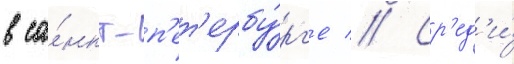
в са́нкт-п'ет'ербу́рг'е // Ср'ед'и́